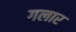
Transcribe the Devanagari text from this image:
गलार